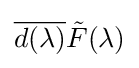
{\overline {d(\lambda )}}{\tilde {F}}(\lambda )